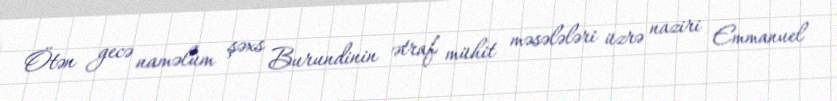
Ötən gecə naməlum şəxs Burundinin ətraf mühit məsələləri üzrə naziri Emmanuel